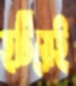
হটিয়েই